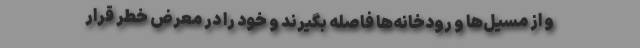
و از مسیل‌ها و رودخانه‌ها فاصله بگیرند و خود را در معرض خطر قرار